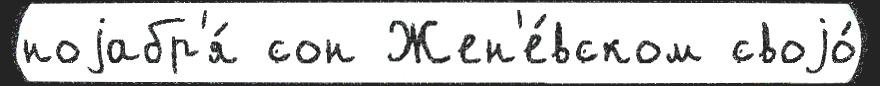
ноjабр'я́ сон Жен'е́вском своjо́